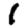
Digit: 1